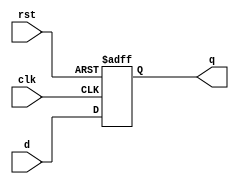
module master_slave_flip_flop (
  input wire clk,       // Clock input
  input wire rst,       // Reset input
  input wire d,         // Data input
  output reg q         // Output
);

  // Master flip-flop
  always @(posedge clk or posedge rst) begin
    if (rst) begin
      q <= 1'b0;       // Reset the output to 0
    end else begin
      q <= d;          // Update the output with the input data
    end
  end

  // Slave flip-flop
  always @(posedge clk or posedge rst) begin
    if (rst) begin
      // The slave flip-flop is also reset with the master flip-flop
    end else begin
      // The slave flip-flop captures the output of the master flip-flop
    end
  end

endmodule